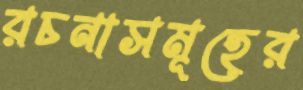
রচনাসমূহের